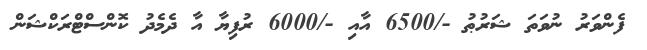
ފެންވަރު ނުވަތަ ޝަރުޠު -/6500 އާއި -/6000 ރުފިޔާ އާ ދެމެދު ކޮންސްޓްރަކްޝަން